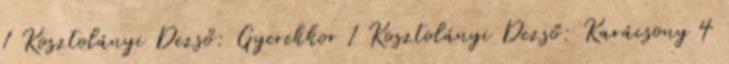
1 Kosztolányi Dezső: Gyerekkor 1 Kosztolányi Dezső: Karácsony 4